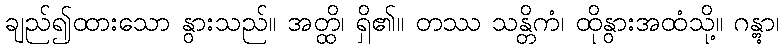
ချည်၍ထားသော နွားသည်။ အတ္ထိ၊ ရှိ၏။ တဿ သန္တိကံ၊ ထိုနွားအထံသို့။ ဂန္တွာ၊